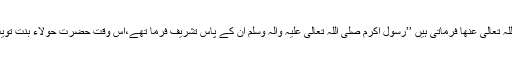
(1)… اُمّ المؤمنین حضرت عائشہ صدیقہ رَضِیَ اللہُ تَعَالٰی عَنْھَا فرماتی ہیں ’’رسولِ اکرم صَلَّی اللہُ تَعَالٰی عَلَیْہِ وَاٰلِہٖ وَسَلَّمَ ان کے پاس تشریف فرما تھے،اس وقت حضرت حولاء بنتِ تُوَیت رَضِیَ اللہُ تَعَالٰی عَنْھَا ان کے پاس سے گزریں۔